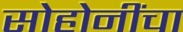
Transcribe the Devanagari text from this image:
सोहोनींंचा